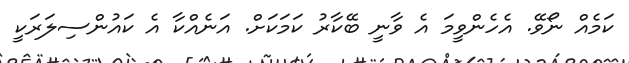
ކަމެއް ނޯވޭ. އެހެންވީމަ އެ ވާނީ ބޭކާރު ކަމަކަށް. އަނެއްކާ އެ ކައުންސިލަރަކީ